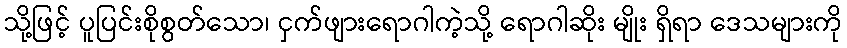
သို့ဖြင့် ပူပြင်းစိုစွတ်သော၊ ငှက်ဖျားရောဂါကဲ့သို့ ရောဂါဆိုး မျိုး ရှိရာ ဒေသများကို